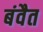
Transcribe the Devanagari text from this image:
बंवैत